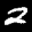
Label: 2